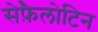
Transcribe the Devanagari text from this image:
सेफ़ैलोटिन